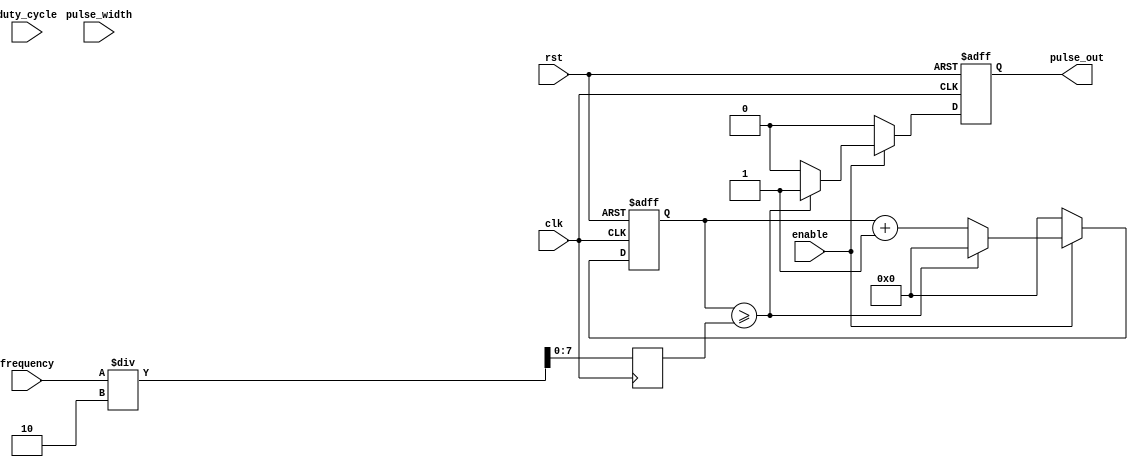
module PulseGenerator (
    input wire clk,       // System clock input
    input wire rst,       // Reset signal input
    input wire enable,    // Enable signal input
    input wire [7:0] pulse_width,   // Pulse width parameter (8 bits)
    input wire [7:0] frequency,     // Frequency parameter (8 bits)
    input wire [7:0] duty_cycle,    // Duty cycle parameter (8 bits)
    output reg pulse_out           // Generated pulse output
);

reg [7:0] counter = 0;
reg [7:0] threshold = 0;

always @(posedge clk or posedge rst) begin
    if (rst) begin
        counter <= 0;
        pulse_out <= 0;
    end else begin
        if (enable) begin
            if (counter >= threshold) begin
                pulse_out <= 1;
                counter <= 0;
            end else begin
                pulse_out <= 0;
                counter <= counter + 1;
            end
        end else begin
            pulse_out <= 0;
            counter <= 0;
        end
    end
end

always @(posedge clk) begin
    threshold <= frequency / 2;
end

endmodule